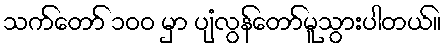
သက်တော် ၁ဝဝ မှာ ပျံလွန်တော်မူသွားပါတယ်။